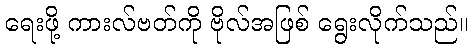
ရေးဖို့ ကားလ်ဗတ်ကို ဗိုလ်အဖြစ် ရွေးလိုက်သည်။